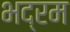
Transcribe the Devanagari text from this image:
भद्रम